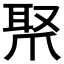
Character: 𤔛